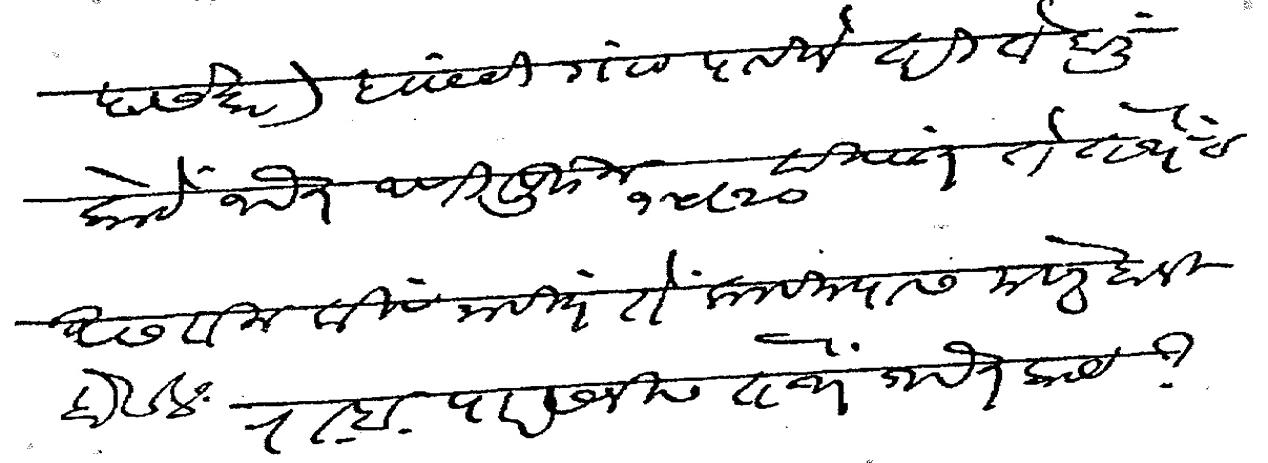
Transliteration (Devanagari): इतिहासकार ह्याची गाठ पाहिजे तरी ते हाली कोठे आहेत आणि पुढील १५ २० दिवसात ते तेथेच असतील किंव नाहीत ते कलविल्यास मेहरबानी होईल रा ब पारसनीस तेथे आहेत काय